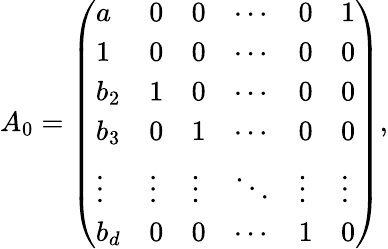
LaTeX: A_{0}=\left(\begin{array}{llllll}{a}&{0}&{0}&{\cdots}&{0}&{1}\\ {1}&{0}&{0}&{\cdots}&{0}&{0}\\ {b_{2}}&{1}&{0}&{\cdots}&{0}&{0}\\ {b_{3}}&{0}&{1}&{\cdots}&{0}&{0}\\ {\vdots}&{\vdots}&{\vdots}&{\ddots}&{\vdots}&{\vdots}\\ {b_{d}}&{0}&{0}&{\cdots}&{1}&{0}\end{array}\right),